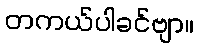
တကယ်ပါခင်ဗျာ။